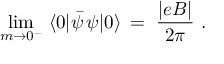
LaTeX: \operatorname * { l i m } _ { m \rightarrow 0 ^ { - } } \, \, \langle 0 | \bar { \psi } \, \psi | 0 \rangle \, = \, \, \frac { | e B | } { 2 \pi } \, \, .